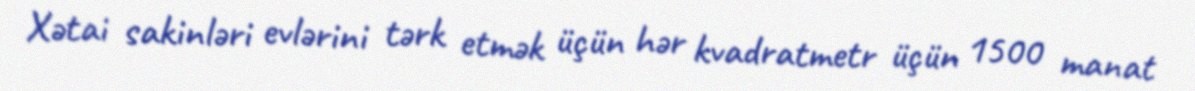
Xətai sakinləri evlərini tərk etmək üçün hər kvadratmetr üçün 1500 manat